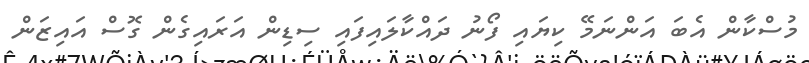
މުސްކާން އެބަ އަންނަމޭ ކިޔައި ފޯނު ދައްކާލައިފައި ސިޑިން އަރައިގެން ގޮސް އައިޒަން